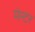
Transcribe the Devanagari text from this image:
मेन्टर